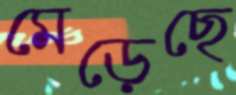
মেড়েছে